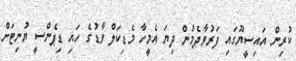
ކުރިން އައިސީޔޫގައި ފަރުވާދެމުން ދިޔަ އެމީހާ މެޑިކަލް ވާޑުގެ ހައި ޑިޕެންސީ ޔުނިޓަށް